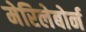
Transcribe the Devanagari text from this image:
मेरिलेबोर्न